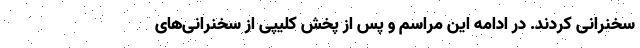
سخنرانی کردند. در ادامه این مراسم و پس از پخش کلیپی از سخنرانی‌های